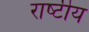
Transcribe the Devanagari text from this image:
राष्‍टीय